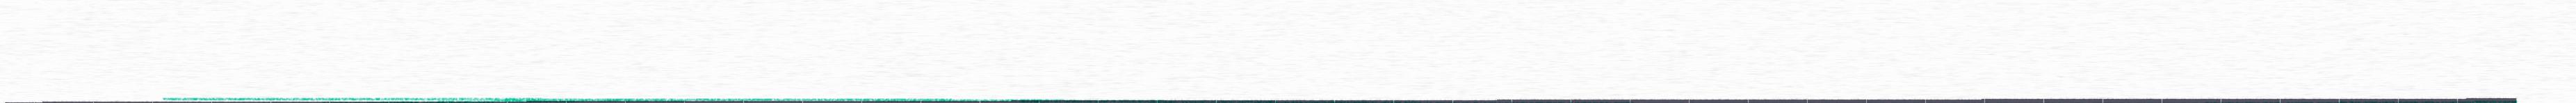
_____________________________________________________________________________________